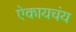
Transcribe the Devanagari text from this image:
ऐकायचंय